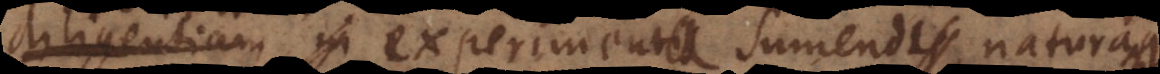
solertiam experimenta sumendi, naturamque